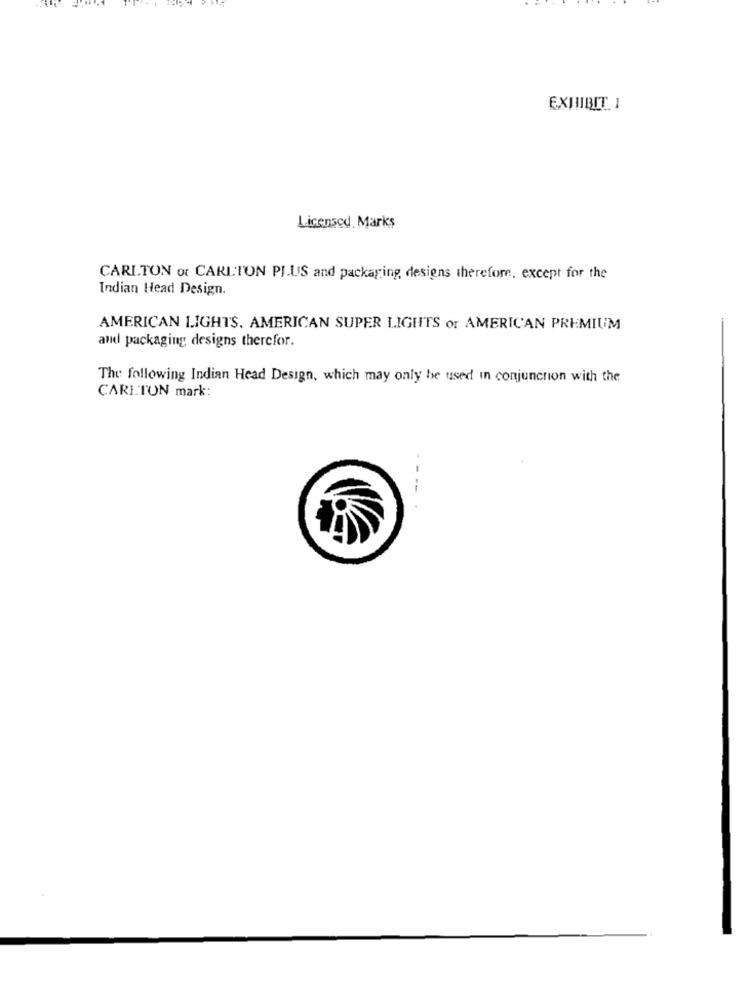
EXHIBIT 1
Licensed Marks
CARLTON or CARLTON PLUS and packaging designs therefore, except for the
Indian Head Design.
AMERICAN LIGHTS. AMERICAN SUPER LIGHTS or AMERICAN PREMIUM
and packaging designs therefor.
The following Indian Head Design, which may only be used in conjunction with the
CARLTON mark: